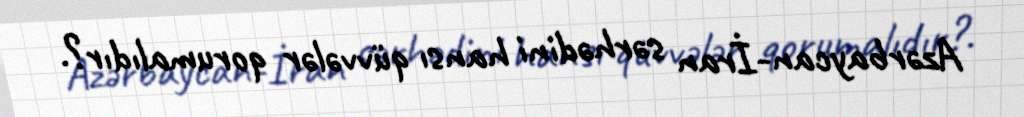
Azərbaycan-İran sərhədini hansı qüvvələr qorumalıdır?.